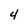
Character: 4